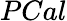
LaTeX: PCal